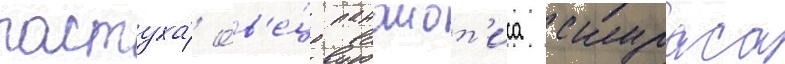
пастуха́ ов'е́ц панаиот'иса скураса